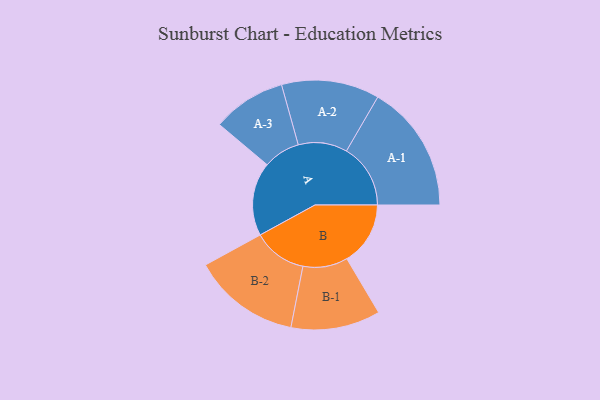
{"axis": {"x": "Segment", "y": "Value"}, "legend": ["", "A", "B"], "data": [{"x": "A", "y": 278, "type": ""}, {"x": "B", "y": 240, "type": ""}, {"x": "A-1", "y": 242, "type": "A"}, {"x": "A-2", "y": 185, "type": "A"}, {"x": "A-3", "y": 139, "type": "A"}, {"x": "B-1", "y": 169, "type": "B"}, {"x": "B-2", "y": 203, "type": "B"}]}